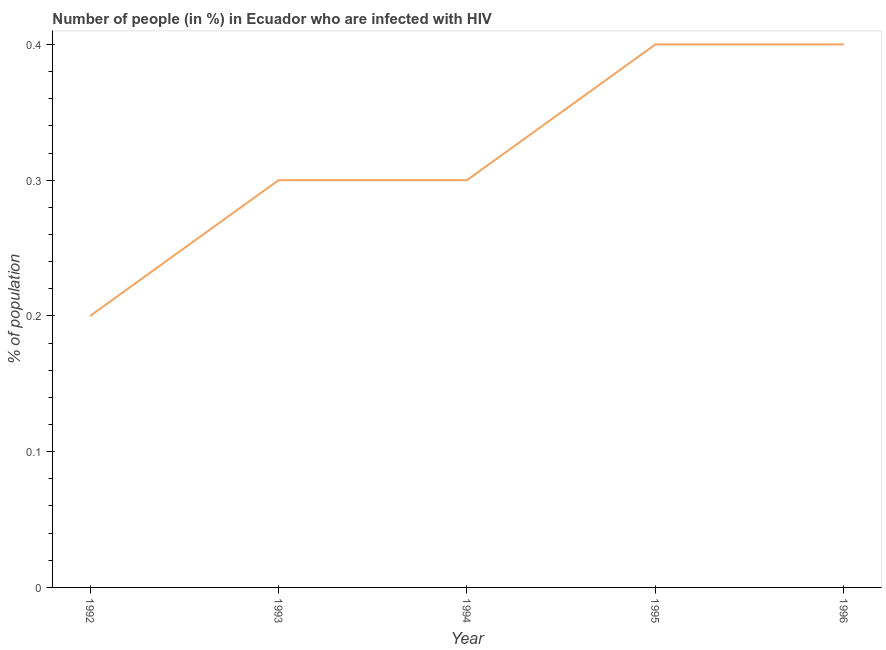
| Year | Infected with HIV |
 | --- | --- |
 | 1992 | 0.2 |
 | 1993 | 0.3 |
 | 1994 | 0.3 |
 | 1995 | 0.4 |
 | 1996 | 0.4 |